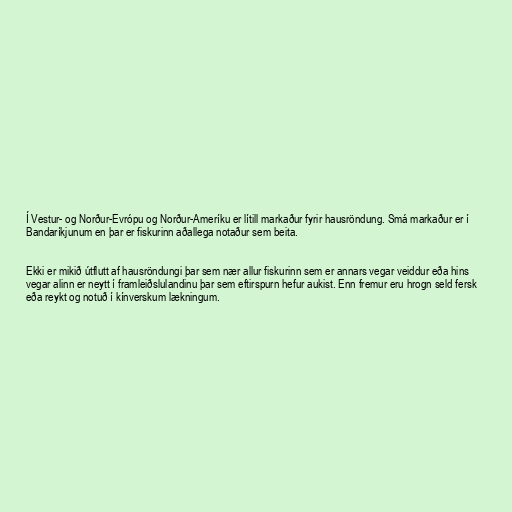
Í Vestur- og Norður-Evrópu og Norður-Ameríku er lítill markaður fyrir hausröndung. Smá markaður er í
Bandaríkjunum en þar er fiskurinn aðallega notaður sem beita.

Ekki er mikið útflutt af hausröndungi þar sem nær allur fiskurinn sem er annars vegar veiddur eða hins
vegar alinn er neytt í framleiðslulandinu þar sem eftirspurn hefur aukist. Enn fremur eru hrogn seld fersk
eða reykt og notuð í kínverskum lækningum.